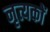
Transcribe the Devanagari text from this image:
नृत्यकों